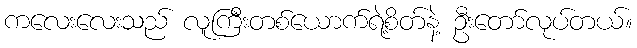
ကလေးလေးသည် လူကြီးတစ်ယောက်ရဲ့စိတ်နဲ့ ဦးတော်လုပ်တယ်။